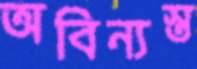
অবিন্যস্ত